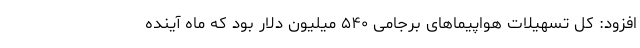
افزود: کل تسهیلات هواپیماهای برجامی ۵۴۰ میلیون دلار بود که ماه آینده